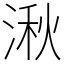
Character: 湫